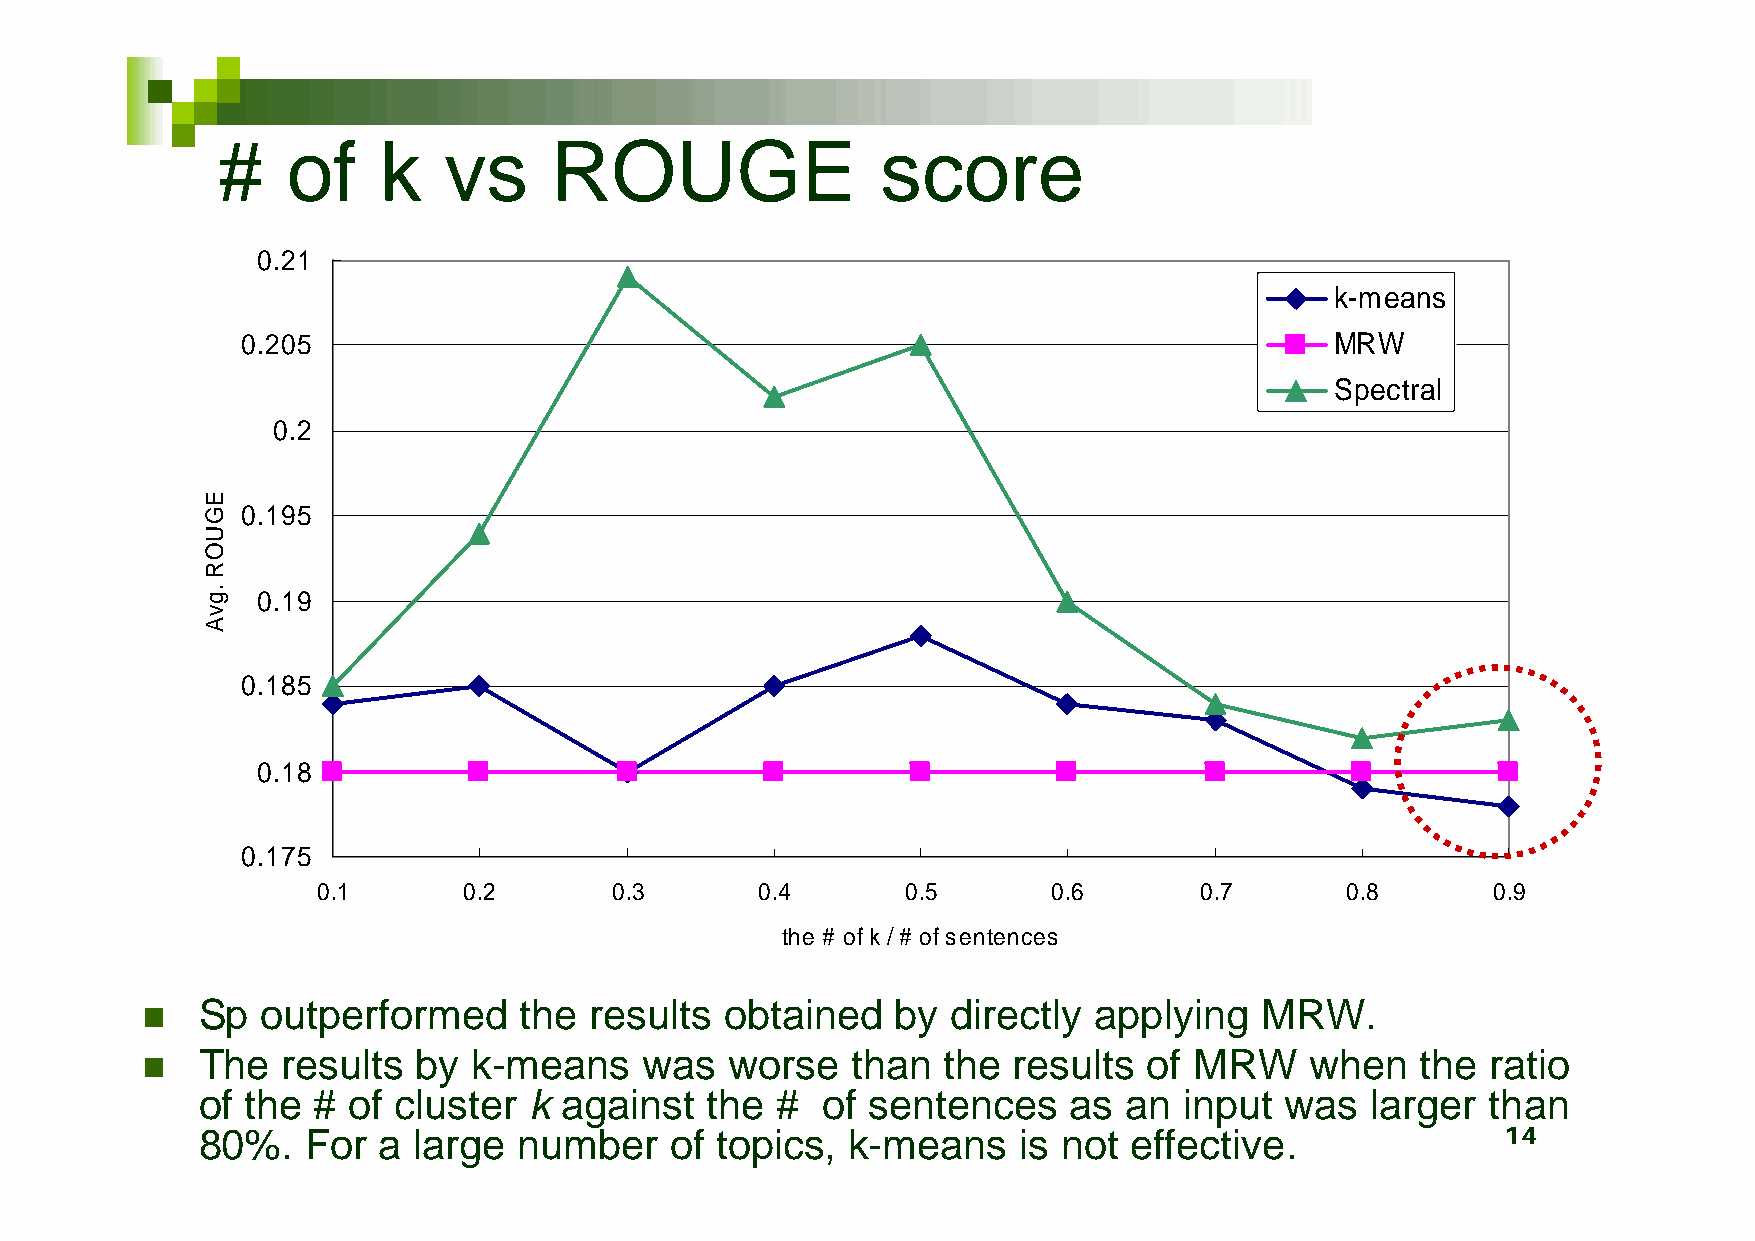
#    of    k   vs     ROUGE                 score
 0.21
 k-means
 0.205                                                                   MRW
 Spectral
 0.2
 0.195
 0.19
 0.185
 0.18
 0.175
 0.1       0.2      0.3       0.4       0.5       0.6      0.7       0.8       0.9
 the # of k / # of sentences
 Sp  outperformed     the  results  obtained   by  directly applying   MRW.
 
 The   results  by k-means     was  worse   than  the  results  of MRW     when   the  ratio
 
 of the  # of cluster  k against   the #  of  sentences    as an  input  was   larger  than
 80%.   For  a large  number    of topics,  k-means    is not  effective.               14
 EGUOR
 .gvA